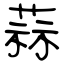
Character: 蒜